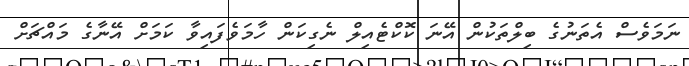
ނަމަވެސް އެތަނުގެ ބިލްތަކުން އޭނަ ކޮކްޓެއިލް ނެގިކަން ހާމަވެފައިވާ ކަމަށް އޭނާގެ މައްޗަށް